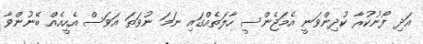
އަދި ފޯނުކުރާ ކުދިންވަނީ އެމަޖެންސީ ހާލަތެއްގައި ނަމަ ނުވަތަ އަވަސް އެހީއެއް ބޭނުންވާ